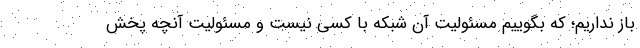
باز نداریم؛ که بگوییم مسئولیت آن شبکه با کسی نیست و مسئولیت آنچه پخش